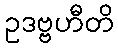
ဥဒဗ္ဗဟီတိ